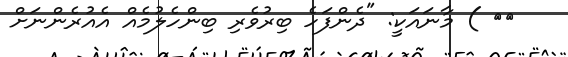
٧٨ ) މާނައަކީ: "ދެންފަހެ ބިރުވެރި ބިންހެލުމެއް އެއުރެންނަށް